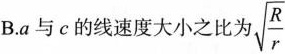
B.a与c的线速度大小之比为 \sqrt{\frac{R}{r}}